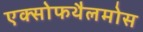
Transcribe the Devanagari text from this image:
एक्सोफथैलमोस